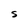
Character: S